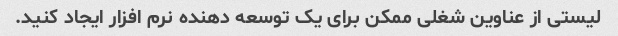
لیستی از عناوین شغلی ممکن برای یک توسعه دهنده نرم افزار ایجاد کنید.